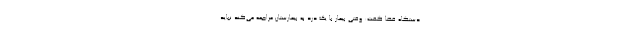
دستگاه قضا گفت: وقتی بیمار با یک درد به بیمارستان مراجعه می‌کند نباید